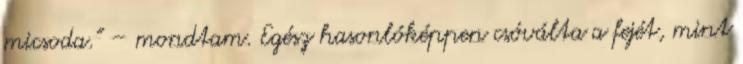
mi­­csoda.” – mondtam. Egész hasonlóképpen csóvál­ta a fe­jét, mint